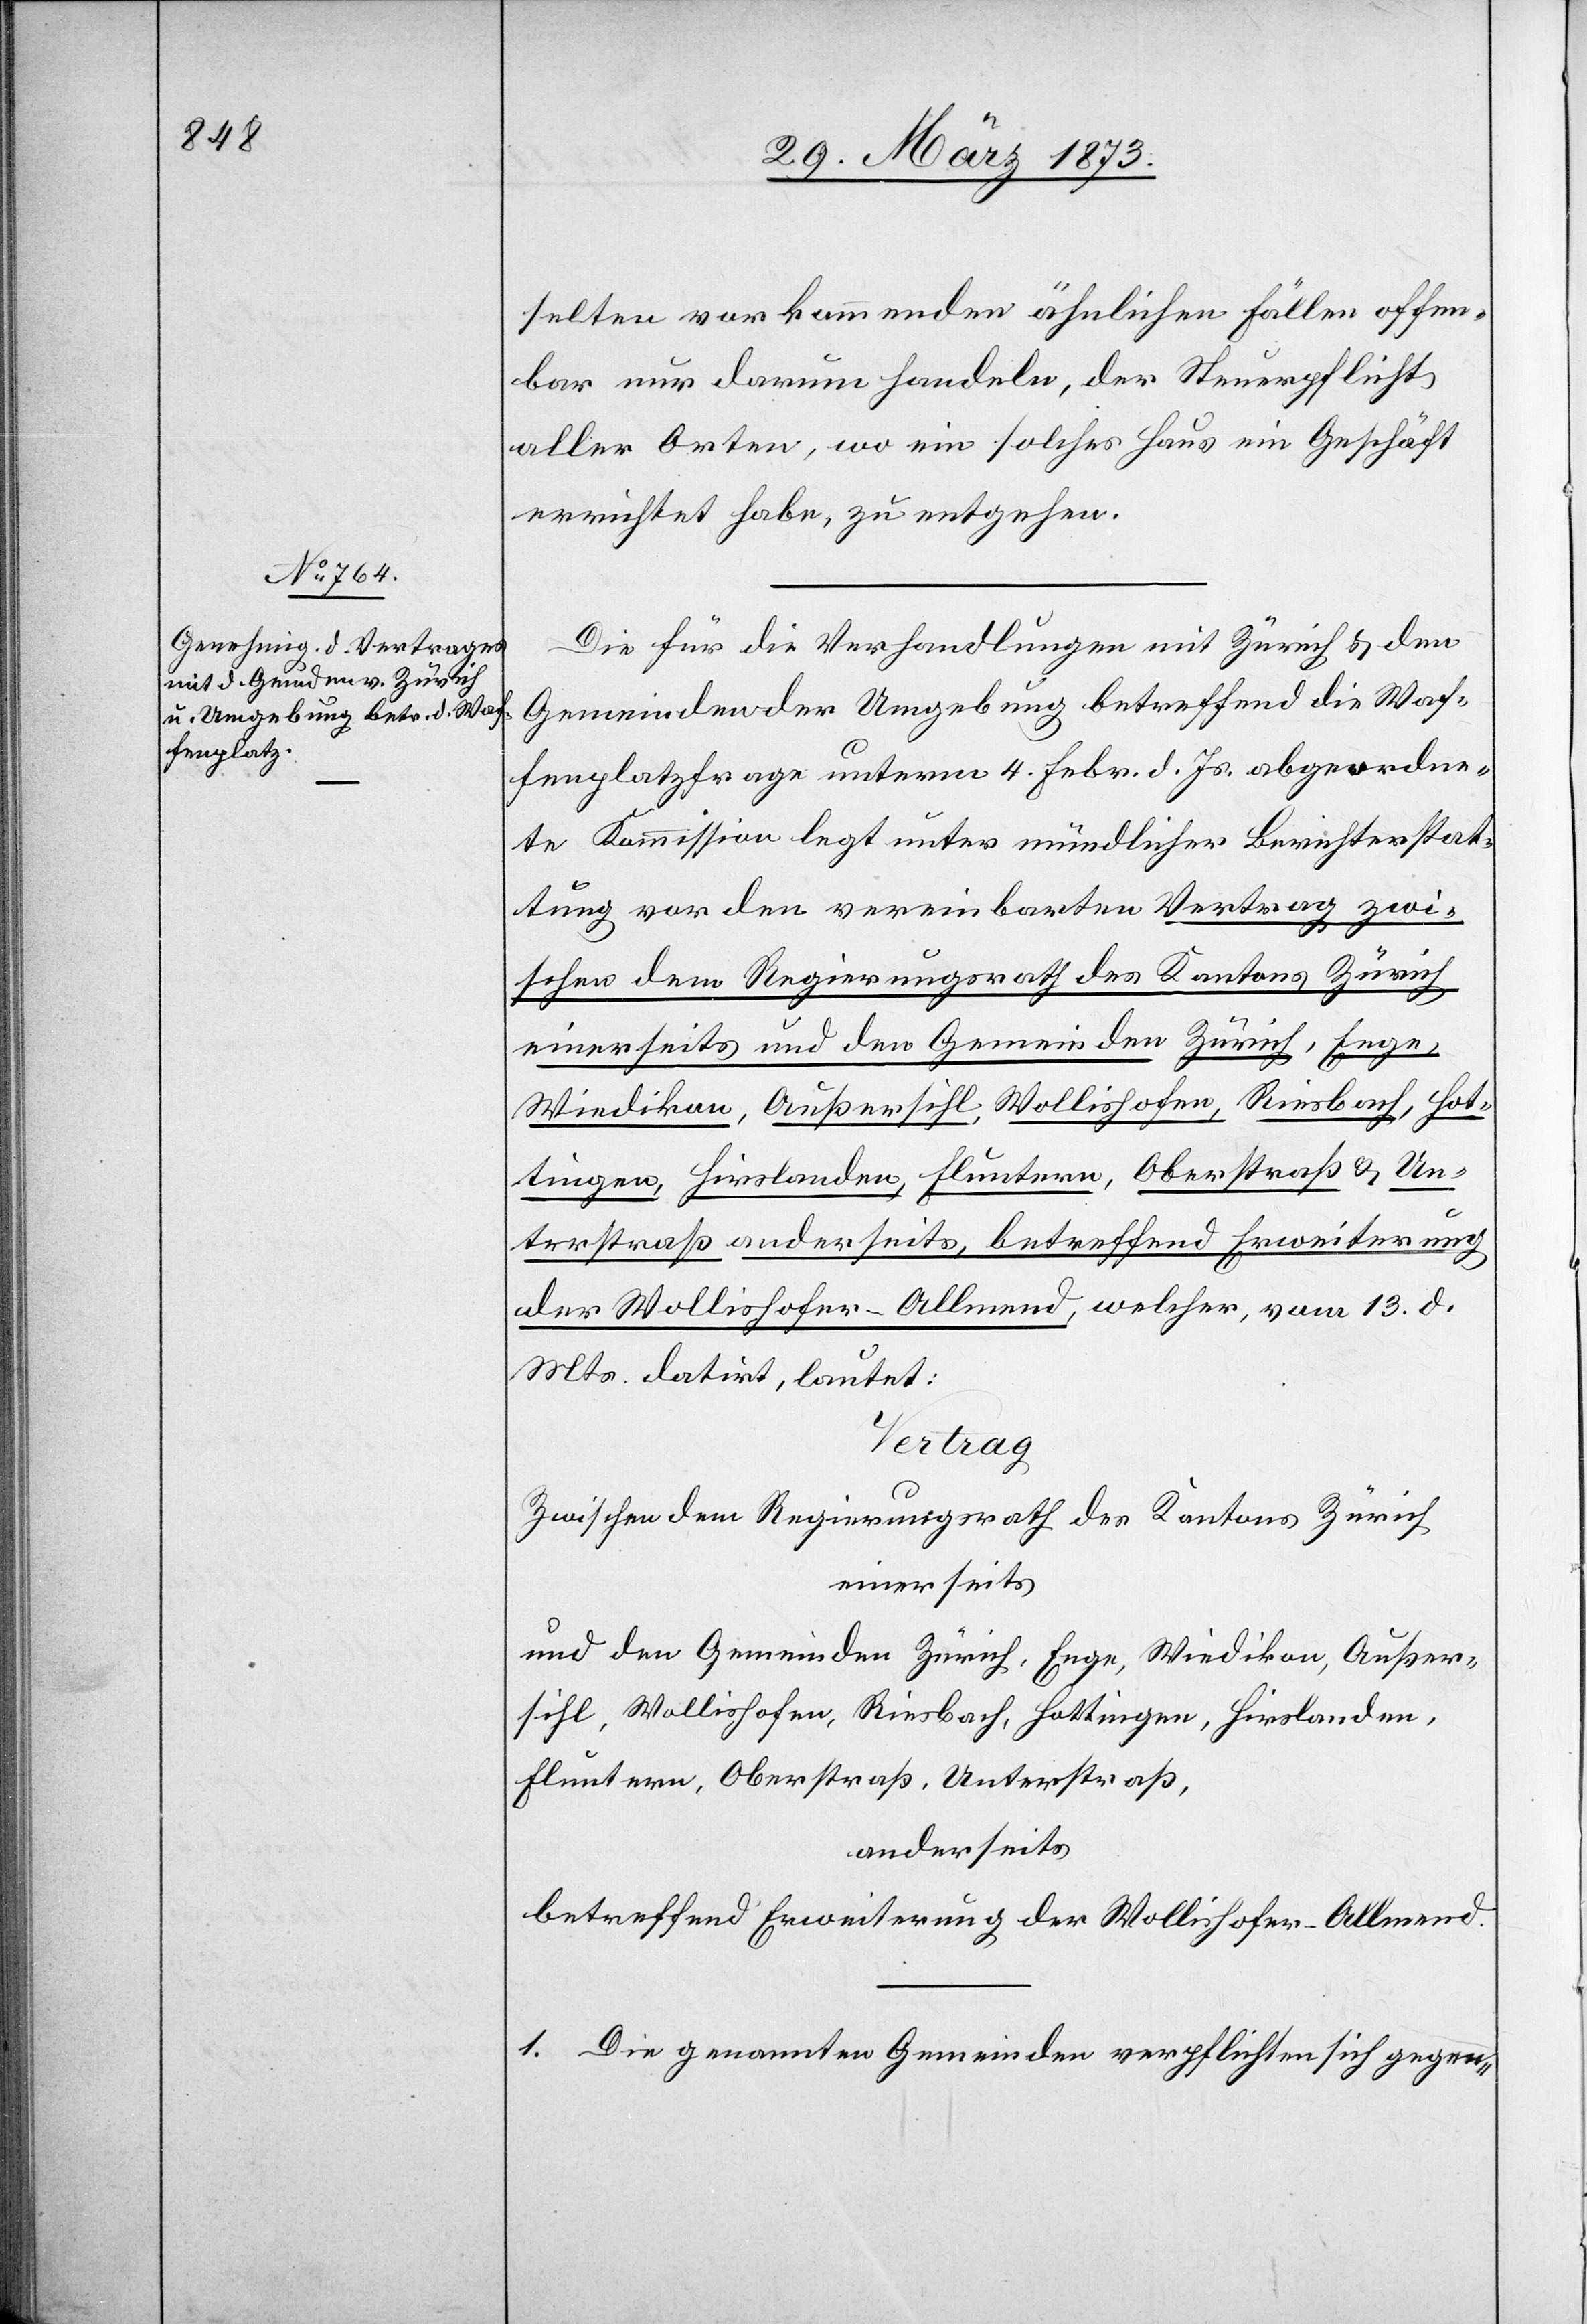
selten vorkommenden ähnlichen Fällen offen¬
bar nur darum handeln, der Steuerpflicht
aller Orten, wo ein solches Haus ein Geschäft
errichtet habe, zu entgehen.
Die für die Verhandlungen mit Zürich u. dem
Gemeinden der Umgebung betreffend die Waf¬
fenplatzfrage unterm 4. Febr. d. Js. abgeordne¬
te Kommission legt unter mündlicher Berichterstat¬
tung vor den vereinbarten Vertrag zwi¬
schen dem Regierungsrath des Kantons Zürich
einerseits und den Gemeinden Zürich, Enge,
Wiedikon, Außersihl, Wollishofen, Riesbach, Hot¬
tingen, Hirslanden, Fluntern, Oberstraß u. Un¬
terstraß anderseits, betreffend Erweiterung
der Wollishofer-Allmend, welcher, vom 13. d.
Mts. datirt, lautet:
Vertrag
Zwischen dem Regierungsrath des Kantons Zürich
einerseits
und den Gemeinden Zürich, Enge, Wiedikon, Außer¬
sihl, Wollishofen, Riesbach, Hottingen, Hirslanden,
Fluntern, Oberstraß, Unterstraß,
andererseits
betreffend Erweiterung der Wollishofer-Allmend.
1. Die genannten Gemeinden verpflichten sich gegen-